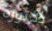
دكتوره